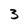
Character: 3